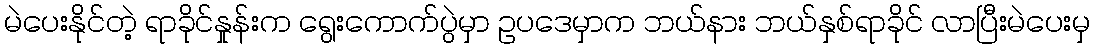
မဲပေးနိုင်တဲ့ ရာခိုင်နှုန်းက ရွေးကောက်ပွဲမှာ ဥပဒေမှာက ဘယ်နား ဘယ်နှစ်ရာခိုင် လာပြီးမဲပေးမှ